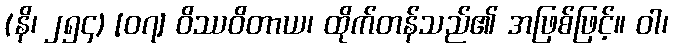
(နိ၊ ၂၅၄) [၀၇] ဝိဿဝိတာယ၊ ထိုက်တန်သည်၏ အဖြစ်ဖြင့်။ ဝါ၊